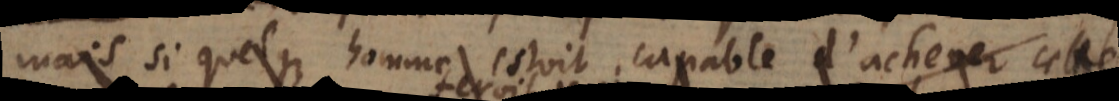
Car si quelque homme estoit capable d’achever toute